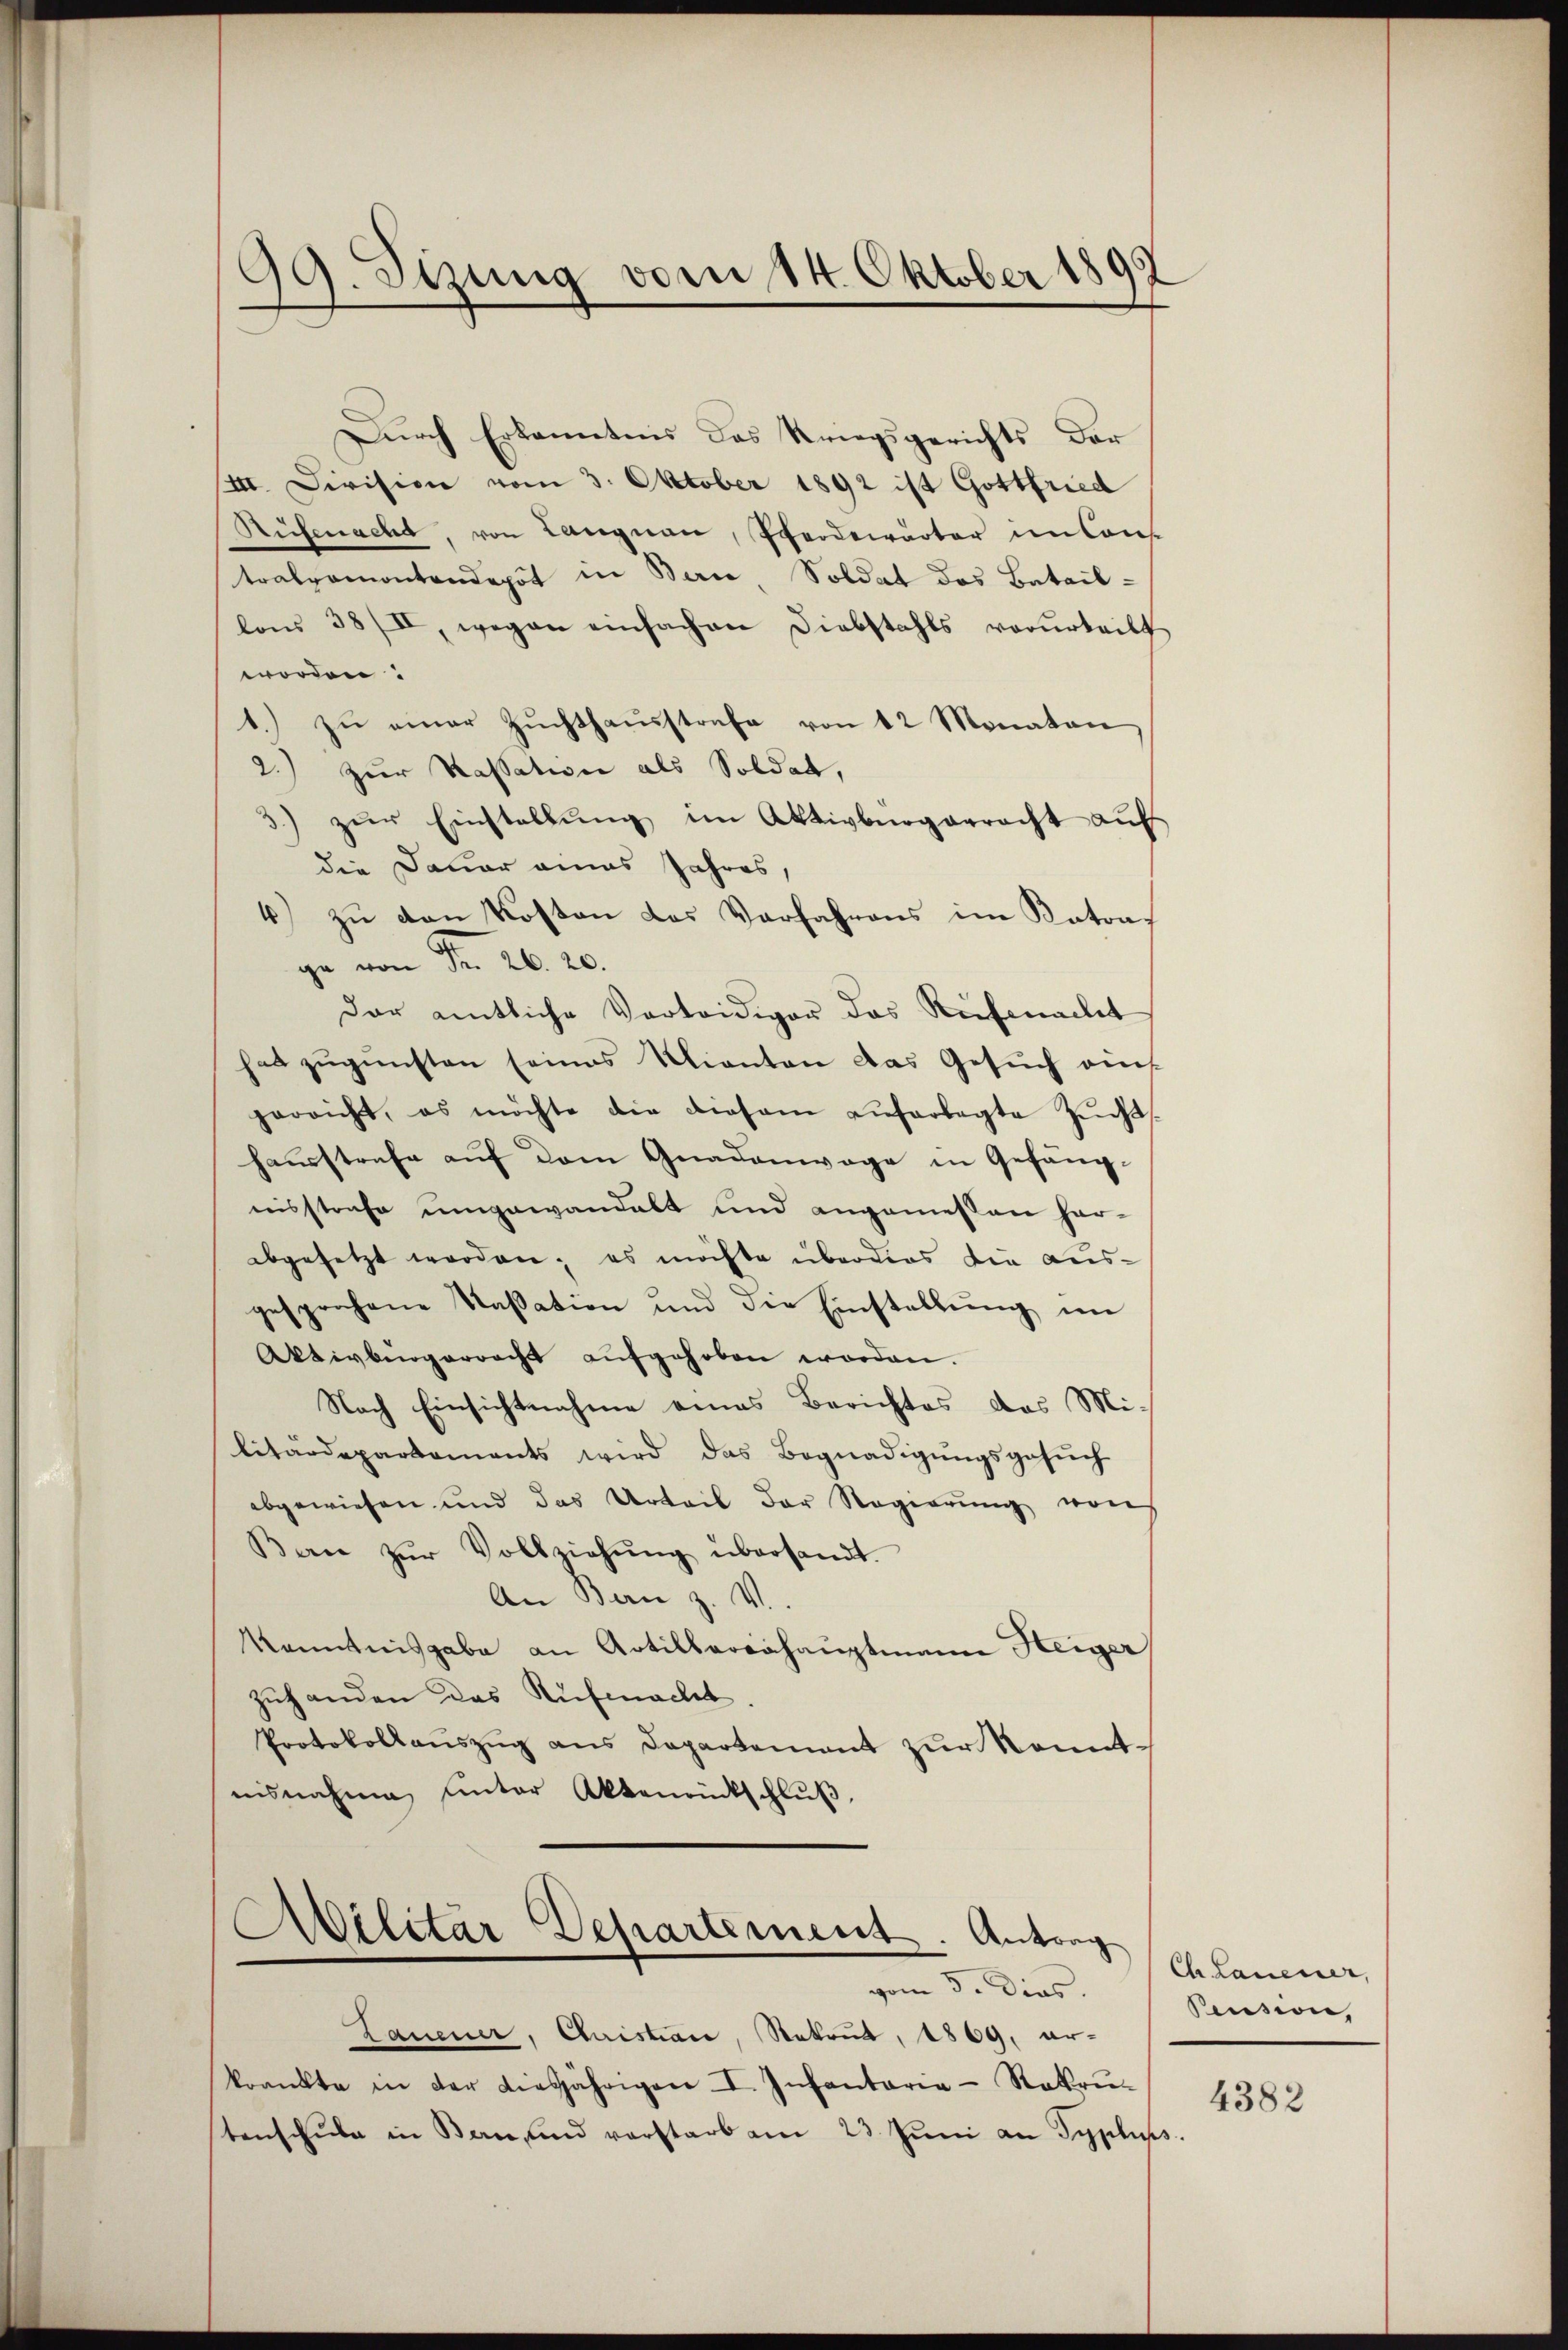
99. Sizung vom 14. Oktober 189

Durch Erkanntnis das Kriegsgerichts der
III. Civision vom 3. Oktober 1892 ist Gottfried
Rüfenacht, von Langnau, Pferdewärter in Cons
tralamontendepot in Berne Soldat des Batail-
lois 38/II, wegen einfachen Diebstahls verurteilt
worden.
1. zŭ einer Zŭchthaŭsstrafe von 12 Monaten,
2.) zur Kassation als Soldat,
3) zŭr Einstellŭng im Aktivbürgerracht aŭf
die Dauer eines Jahres,
4) zu den Kosten das Verfahrens im Katons
.
ga von Fr. 26. 20.
Der amtliche Verteidiger das Reifmachet
hat zugunsten seines Kienten das Gesuch auf
gerricht, es möchte die diesem auferlegte Zŭcht,
hausstrafe auf dem Gnadenwage in Gefängnisstrafe umgewandelt und angemessen har-
abgesetzt worden; es möchte überdies die ausgesprochene Kassation und die Einstellung im
Aktivbürgerrecht aŭfgehoben worden.
Nach Einsichtnahme eines Berichtes das Mi-
litardepartements wird das Begnadigŭngsgesŭch
abgewiesen und das Urteil der Regierŭng von
Ban zŭr Vollziehŭng übersandt.
An Bern z. V.
Kanntnisgabe an Artilbarerhauptmann Heiger
Zuhanden das Ruf nacht
Protokollaŭszŭg ans Departement zur Kenntnisnahme unter Aktenrückschlŭβ
Abilitar Departement. Antrag
vom 3. dies
Lauener, Quistian, Rekrut, 1869, arkrankte in der diesjährigen I. Infantaria-Rakrŭ-
tenschŭle in Bern und verstarb am 23. Jŭni an Typliss

Ch. Lauener,
Pension,

4382